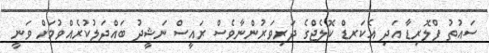
ސައުތު ފްލޮރިޑާ އަދި އެކަރޑް ކޮލެޖްގެ ދަރިވަރުންނާވެސް ރައީސް ނަޝީދު ބައްދަލުކުރެއްވުމަށް ވަނީ